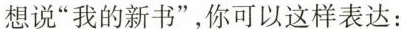
想说”我的新书”，你可以这样表达：